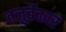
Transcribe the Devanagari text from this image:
तजुर्बेकार